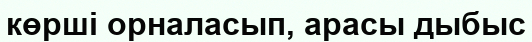
көрші орналасып, арасы дыбыс